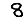
Digit: 8